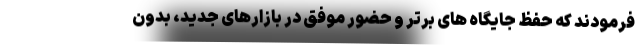
فرمودند که حفظ جایگاه های برتر و حضور موفق در بازارهای جدید، بدون